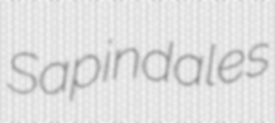
Sapindales